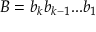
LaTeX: B = { b _ { k } } { b _ { k - 1 } } . . . { b _ { 1 } }